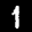
Label: 1